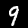
Label: 9